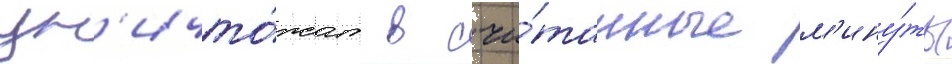
ун'ичто́жат в счи́танные м'ину́ты